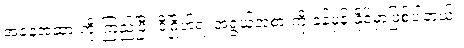
အနေအထားကို ကြည့်ပြီး ဒီဂြိုဟ်ရဲ့ အရွယ်အစားကို ခန့်မှန်းနိုင်မှာဖြစ်ပါတယ်။